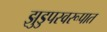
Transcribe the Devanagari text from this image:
झुडुपस्वरूपात